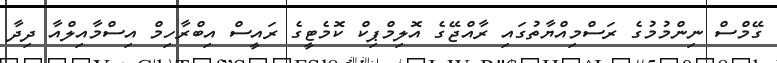
ގޭމްސް ނިންމުމުގެ ރަސްމިއްޔާތުގައި ރާއްޖޭގެ އޮލިމްޕިކް ކޮމެޓީގެ ރައީސް އިބްރާހިމް އިސްމާއިލްއާ ދިދާ